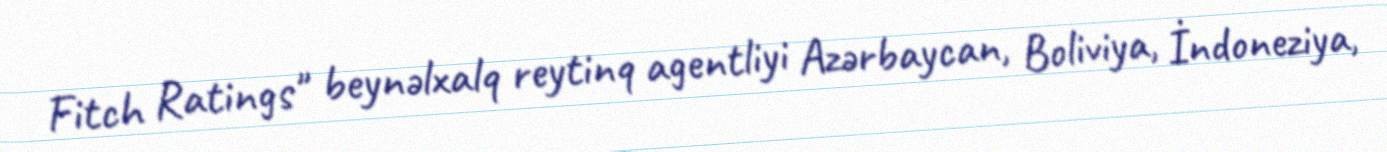
Fitch Ratings" beynəlxalq reytinq agentliyi Azərbaycan, Boliviya, İndoneziya,